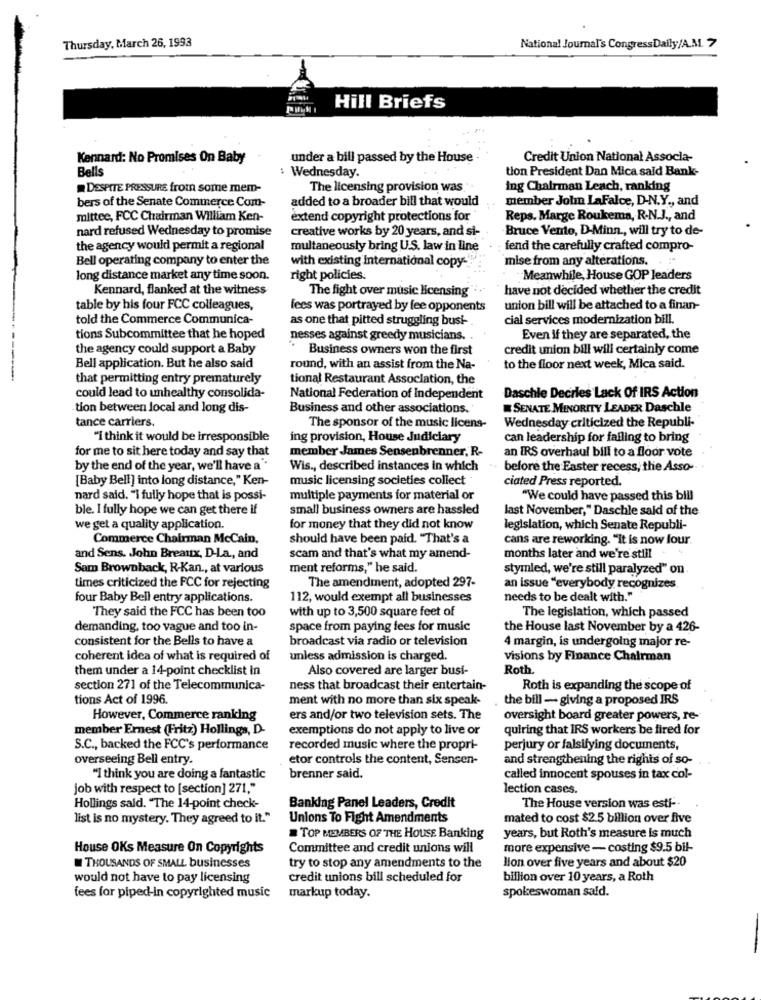
Thursday, March 26, 1993
National Journal's CongressDaily/A.M. 7
Hill Briefs
Kennard: No Promises On Baby
under a bill passed by the House
Credit Union National Associa-
Bells
: Wednesday.
tion President Dan Mica said Bank-
DESPITE PRESSURE from some mem-
The licensing provision was
ing Chairman Leach, ranking
added to a broader bill that would
member John LaFalce, D-N.Y ., and
bers of the Senate Commerce Com-
mittee, FCC Chairman William Ken-
extend copyright protections for
Reps. Marge Roukema, R-N.J ., and
nard refused Wednesday to promise
creative works by 20 years, and si-
Bruce Vento, D-Minn ., will try to de-
the agency would permit a regional
multaneously bring U.S. law in line
fend the carefully crafted compro-
Bell operating company to enter the
with existing International copy-
mise from any alterations. . . "
long distance market any time soon.
right policies.
Meanwhile, House GOP leaders
Kennard, flanked at the witness
The fight over music licensing"
have not decided whether the credit
table by his four FCC colleagues,
fees was portrayed by fee opponents
union bill will be attached to a finan-
told the Commerce Communica-
as one that pitted struggling busi-
cial services modernization bill.
tions Subcommittee that he hoped
nesses against greedy musicians.
Even if they are separated, the
the agency could support a Baby
Business owners won the first
credit union bill will certainly come
Bell application. But he also said
round, with an assist from the Na-
to the floor next week, Mica said.
that permitting entry prematurely
tional Restaurant Association, the
Daschle Decries Lack Of IRS Action
could lead to unhealthy consolida-
National Federation of Independent
tion between local and long dis-
Business and other associations.
SENATE MINORITY LEADER Daschle
tance carriers.
Wednesday criticized the Republi-
The sponsor of the music licens-
"I think it would be irresponsible
ing provision, House Judiciary
can leadership for failing to bring
for me to sit here today and say that
member James Sensenbrenner, R-
an IRS overhaul bill to a floor vote
by the end of the year, we'll have a"
Wis ., described instances in which
.. before the Easter recess, the Asso-
[Baby Bell] into long distance," Ken-
music licensing societies collect
ciated Press reported.
nard said. "I fully hope that is possi-
multiple payments for material or
"We could have passed this bill
ble. I fully hope we can get there if
small business owners are hassled
last November," Daschle said of the
we get a quality application.
for money that they did not know
legislation, which Senate Republi-
Commerce Chairman McCain,
should have been paid. "That's a
cans are reworking. "It is now four.
and Sens. John Breaux, D-La ., and
scam and that's what my amend-
months later and we're still
Sam Brownback, R-Kan ., at various
ment reforms," he said.
stymled, we're still paralyzed" on
times criticized the FCC for rejecting
The amendment, adopted 297-
an issue "everybody recognizes
four Baby Bell entry applications.
112, would exempt all businesses
needs to be dealt with."
They said the FCC has been too
with up to 3,500 square feet of
The legislation, which passed
demanding, too vague and too in-
space from paying fees for music
the House last November by a 426-
consistent for the Bells to have a
broadcast via radio or television
4 margin, is undergoing major re-
coherent idea of what is required of
unless admission is charged.
visions by Finance Chairman
them under a 14-point checklist in
Also covered are larger busi-
Roth.
section 271 of the Telecommunica-
ness that broadcast their entertain-
Roth is expanding the scope of
tions Act of 1996.
ment with no more than six speak-
the bill - giving a proposed IRS
However, Commerce ranking
ers and/or two television sets. The
oversight board greater powers, re-
member Ernest (Fritz) Hollings, D-
exemptions do not apply to live or
quiring that IRS workers be fired for
S.C ., backed the FCC's performance
recorded music where the propri-
perjury or falsifying documents,
overseeing Bell entry.
etor controls the content, Sensen-
and strengthening the rights of so-
"I think you are doing a fantastic
brenner said.
called innocent spouses in tax col-
job with respect to [section] 271,"
lection cases.
Banking Panel Leaders, Credit
Hollings sald. "The 14-point check-
The House version was esti-
list is no mystery. They agreed to it."
Unions To Fight Amendments
mated to cost $2.5 billion over five
TOP MEMBERS OF THE HOUSE Banking
years, but Roth's measure Is much
House OKs Measure On Copyrights
Committee and credit unions will
more expensive - costing $9.5 bil-
llon over five years and about $20
THOUSANDS OF SMALL businesses
try to stop any amendments to the
would not have to pay licensing
credit unions bill scheduled for
billion over 10 years, a Roth
spokeswoman sald.
fees for piped-in copyrighted music
markup today.